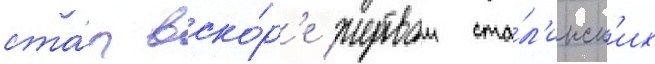
ста́л вско́р'е жертвои ста́л'инск'их